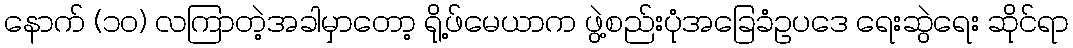
နောက် (၁ဝ) လကြာတဲ့အခါမှာတော့ ရို့ဖ်မေယာက ဖွဲ့စည်းပုံအခြေခံဥပဒေ ရေးဆွဲရေး ဆိုင်ရာ